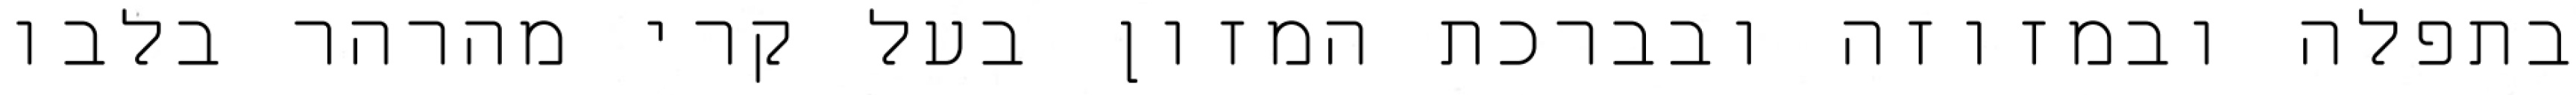
בתפלה ובמזוזה ובברכת המזון בעל קרי מהרהר בלבו